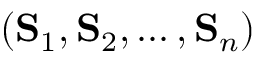
( \mathbf { S } _ { 1 } , \mathbf { S } _ { 2 } , \ldots , \mathbf { S } _ { n } )